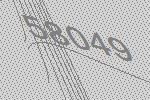
58049